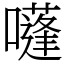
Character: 𡂫